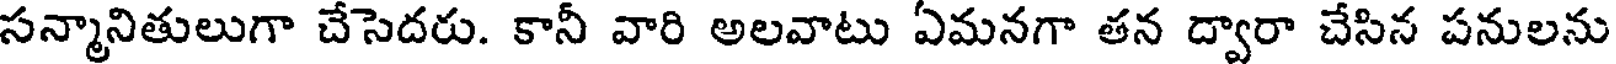
సన్మానితులుగా చేసెదరు. కానీ వారి అలవాటు ఏమనగా తన ద్వారా చేసిన పనులను